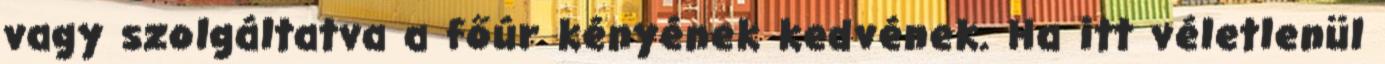
vagy szolgáltatva a főúr kényének kedvének. Ha itt véletlenül